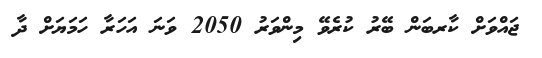
ޖައްވަށް ކާރބަން ބޭރު ކުރެވޭ މިންވަރު 2050 ވަނަ އަހަރާ ހަމަޔަށް ދާ